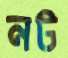
নট